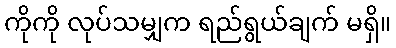
ကိုကို လုပ်သမျှက ရည်ရွယ်ချက် မရှိ။